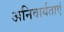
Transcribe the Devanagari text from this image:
अनिवार्यताएं